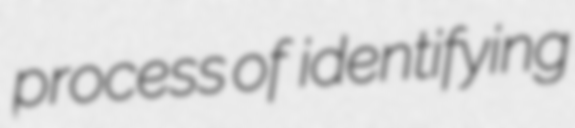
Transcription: process of  identifying